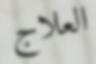
العلاج